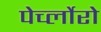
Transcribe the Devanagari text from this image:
पेर्च्लोरो